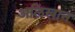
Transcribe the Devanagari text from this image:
अलिखान